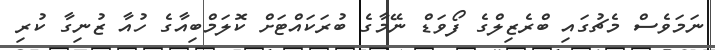
ނަމަވެސް މެޗުގައި ބްރެޒިލްގެ ފޯވަޑް ނޭމާގެ ބުރަކައްޓަށް ކޮލަމްބިއާގެ ހުއާ ޒުނިގާ ކުރި